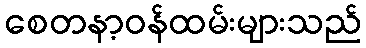
စေတနာ့ဝန်ထမ်းများသည်